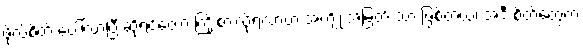
ဖိုလ်စိတ် ပေါ်လာပြီ ဆိုရင်တော့ ကြိုးစားလို့ရလာတဲ့ အကျိုးအမြတ် သာ ဖြစ်တယ်၊ အဲဒီ စိတ်တွေက